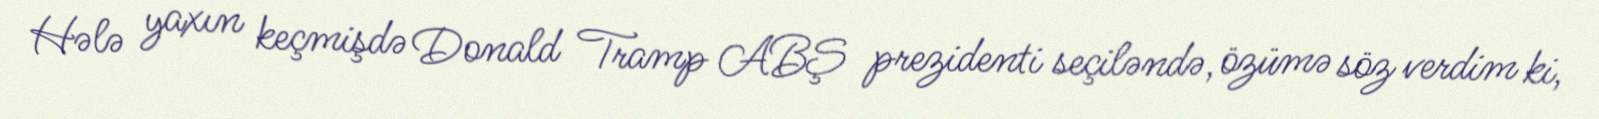
Hələ yaxın keçmişdə Donald Tramp ABŞ prezidenti seçiləndə, özümə söz verdim ki,